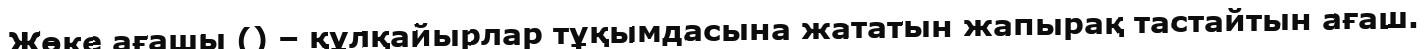
Жөке ағашы () – құлқайырлар тұқымдасына жататын жапырақ тастайтын ағаш.